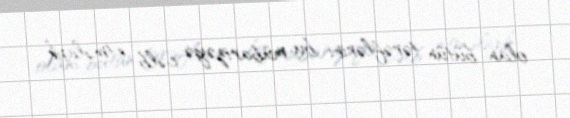
olan bütün tərəflərini bu mübarizəyə cəlb etməliyik.